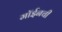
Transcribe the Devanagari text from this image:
मॉईनची